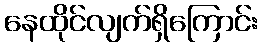
နေထိုင်လျက်ရှိကြောင်း